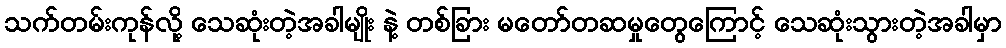
သက်တမ်းကုန်လို့ သေဆုံးတဲ့အခါမျိုး နဲ့ တစ်ခြား မတော်တဆမှုတွေကြောင့် သေဆုံးသွားတဲ့အခါမှာ